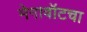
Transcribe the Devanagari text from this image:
मेगावॉटचा